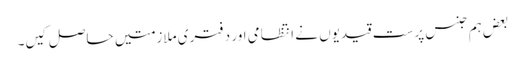
بعض ہم جنس پرست قیدیوں نے انتظامی اور دفتری ملازمتیں حاصل کیں۔